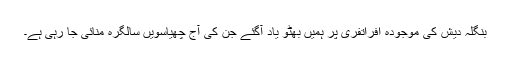
بنگلہ دیش کی موجودہ افراتفری پر ہمیں بھٹو یاد آگئے جن کی آج چھیاسویں سالگرہ منائی جا رہی ہے۔